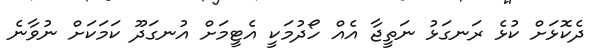
ދެކޮޅަށް ކުޅެ ރަނގަޅު ނަތީޖާ އެއް ހޯދުމަކީ އެޓީމަށް އުނގަދޫ ކަމަކަށް ނުވާނެ